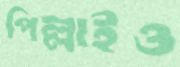
পিল্লাইও